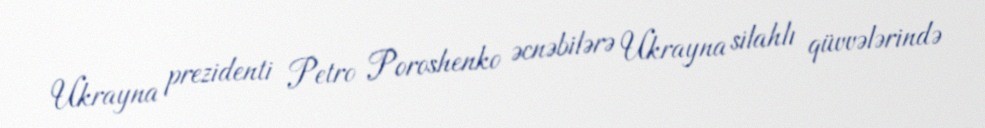
Ukrayna prezidenti Petro Poroshenko əcnəbilərə Ukrayna silahlı qüvvələrində